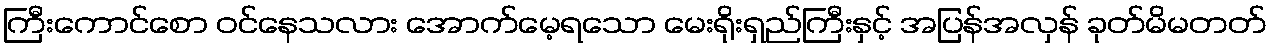
ကြီးကောင်စော ဝင်နေသလား အောက်မေ့ရသော မေးရိုးရှည်ကြီးနှင့် အပြန်အလှန် ခုတ်မိမတတ်